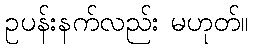
ဥပန်းနက်လည်း မဟုတ်။